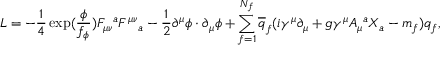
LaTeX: { \cal L } = - \frac { 1 } { 4 } \exp ( \frac { \phi } { f _ { \phi } } ) F _ { \mu \nu } { } ^ { a } F ^ { \mu \nu } { } _ { a } - \frac { 1 } { 2 } \partial ^ { \mu } \phi \cdot \partial _ { \mu } \phi + \sum _ { f = 1 } ^ { N _ { f } } \overline { { { q } } } _ { f } ( i \gamma ^ { \mu } \partial _ { \mu } + g \gamma ^ { \mu } A _ { \mu } { } ^ { a } X _ { a } - m _ { f } ) q _ { f } ,